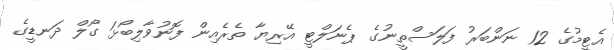
އެޓީމުގެ 12 ނަންބަރު ފަލަސްތީނުގެ ޕެނަލްޓީ އޭރިޔާ ތެރެއިން ފޮނުވާލިބޯޅަ ގޯލް ދަނޑީގެ